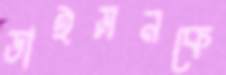
ডাইসনকে